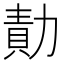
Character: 勣